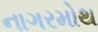
નાગરમોથ